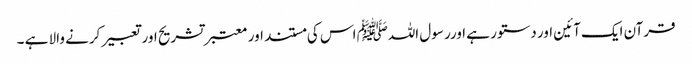
قرآن ایک آئین اور دستور ہے اورر سول اللہﷺ اس کی مستند اور معتبر تشریح اور تعبیر کرنے والا ہے ­۔